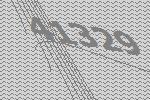
41329